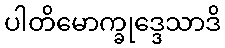
ပါတိမောက္ခုဒ္ဒေသာဒိ